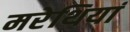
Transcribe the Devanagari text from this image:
मरेथियां